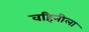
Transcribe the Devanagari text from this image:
वहिनीला